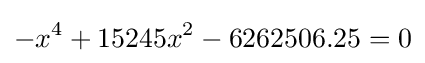
-x^{4}+15245x^{2}-6262506.25=0